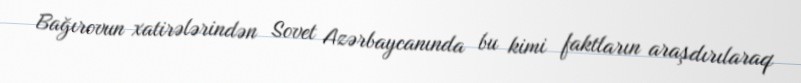
Bağırovun xatirələrindən Sovet Azərbaycanında bu kimi faktların araşdırılaraq